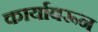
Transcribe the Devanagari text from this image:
कार्यावरून